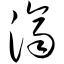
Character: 济